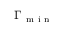
\Gamma _ { \mathrm { ~ m ~ i ~ n ~ } }